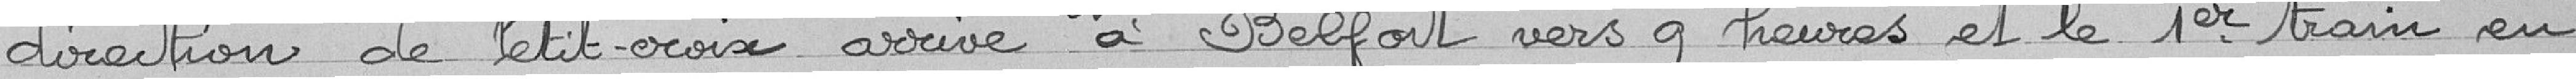
direction de Petit-Croix arrive à Belfort vers 9 heures et le 1er train en